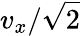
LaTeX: v_{x}/\sqrt{2}